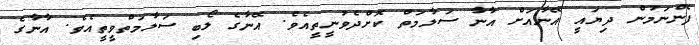
ފެންނަމުން ދިޔައީ އޭނާއަށް އާނާ ސަލާމަތް ކޮށްދެވުނީތީއެވެ. އޭނާގެ ލޯބި ސަލާމަތްވީތީއެވެ. އާނާގެ